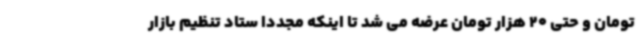
تومان و حتی 20 هزار تومان عرضه می شد تا اینکه مجددا ستاد تنظیم بازار